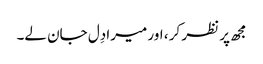
مجھ پر نظر کر ، اور میرا دِل جان لے۔